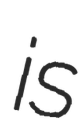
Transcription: is